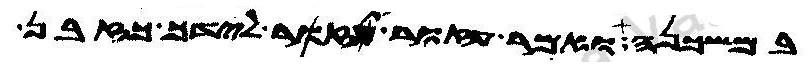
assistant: במשכנה ואמר עזור אעזר לידך כזבן